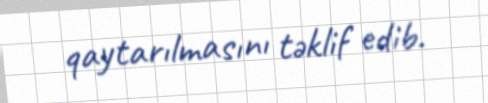
qaytarılmasını təklif edib.